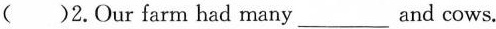
( )2.Our farm had many___ and cows.